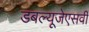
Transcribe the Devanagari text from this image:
डबल्यूजेएसवी